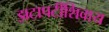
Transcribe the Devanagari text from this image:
झटापटींशिवाय